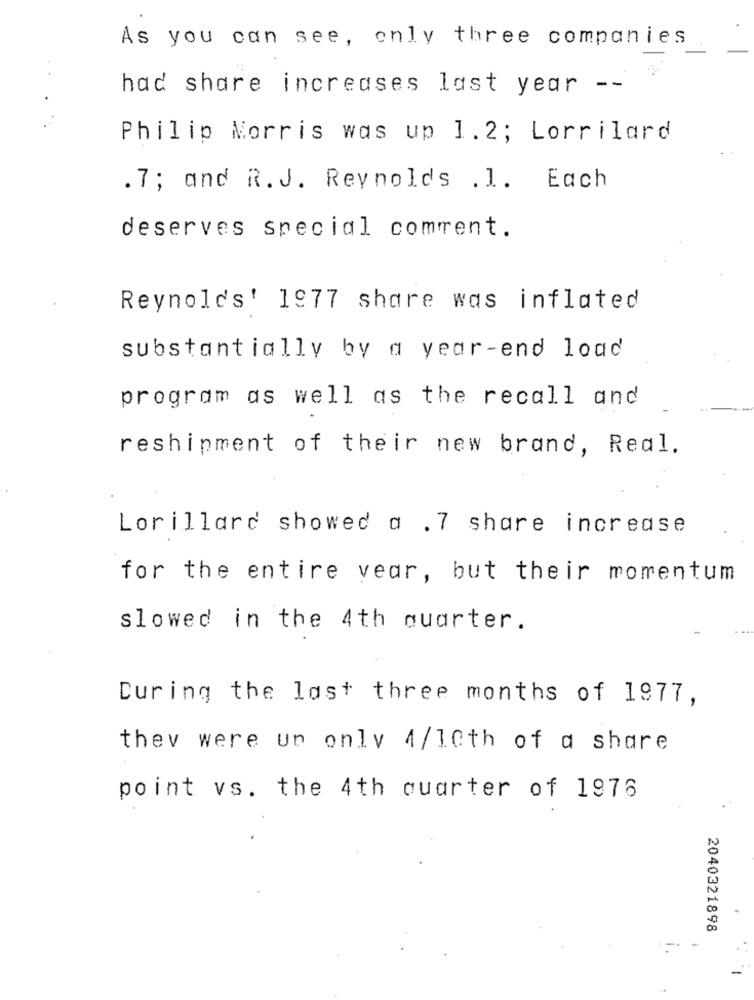
As you can see, only three companies
had share increases last year --
Philip Morris was up 1.2; Lorrilard
.7; and R.J. Reynolds .1. Each
deserves special comment.
Reynold's' 1977 share was inflated
substantially by a year-end load
program as well as the recall and
reshipment of their new brand, Real.
Lorillard showed a .7 share increase
for the entire vear, but their momentum
slowed in the 4th quarter.
During the last three months of 1977,
they were un only 4/10th of a share
point vs. the 4th quarter of 1976
2040321898